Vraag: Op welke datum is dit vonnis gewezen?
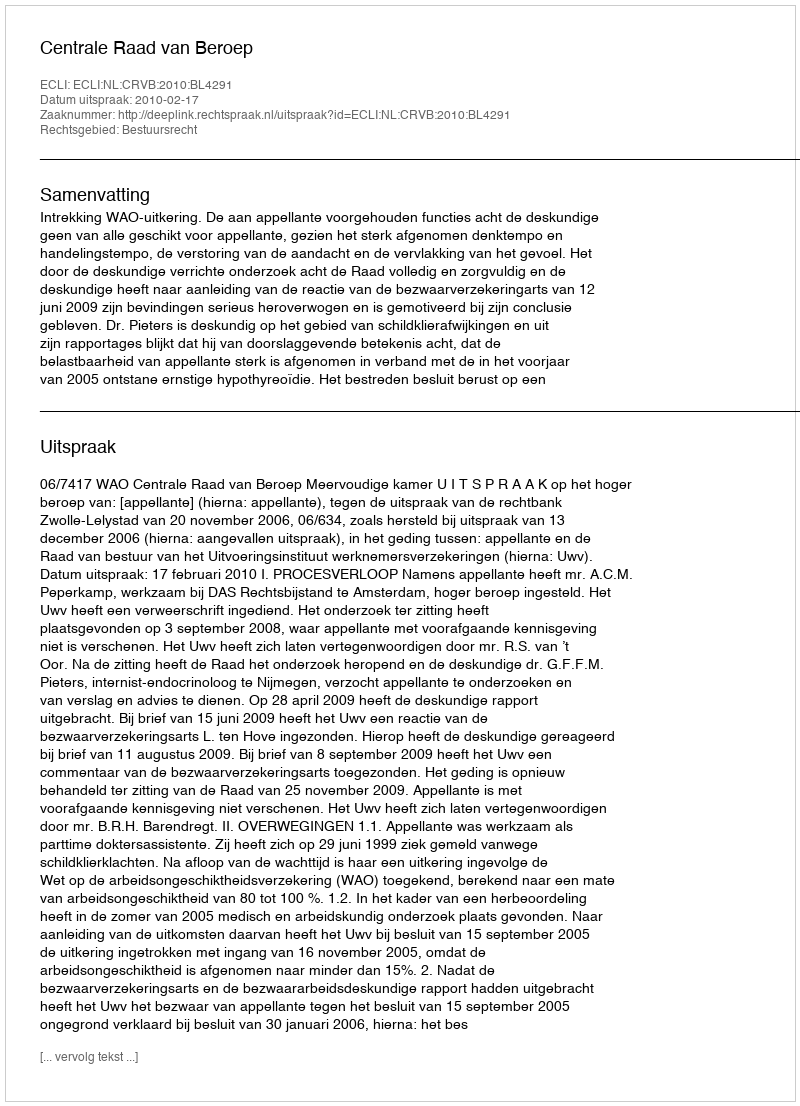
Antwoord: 2010-02-17